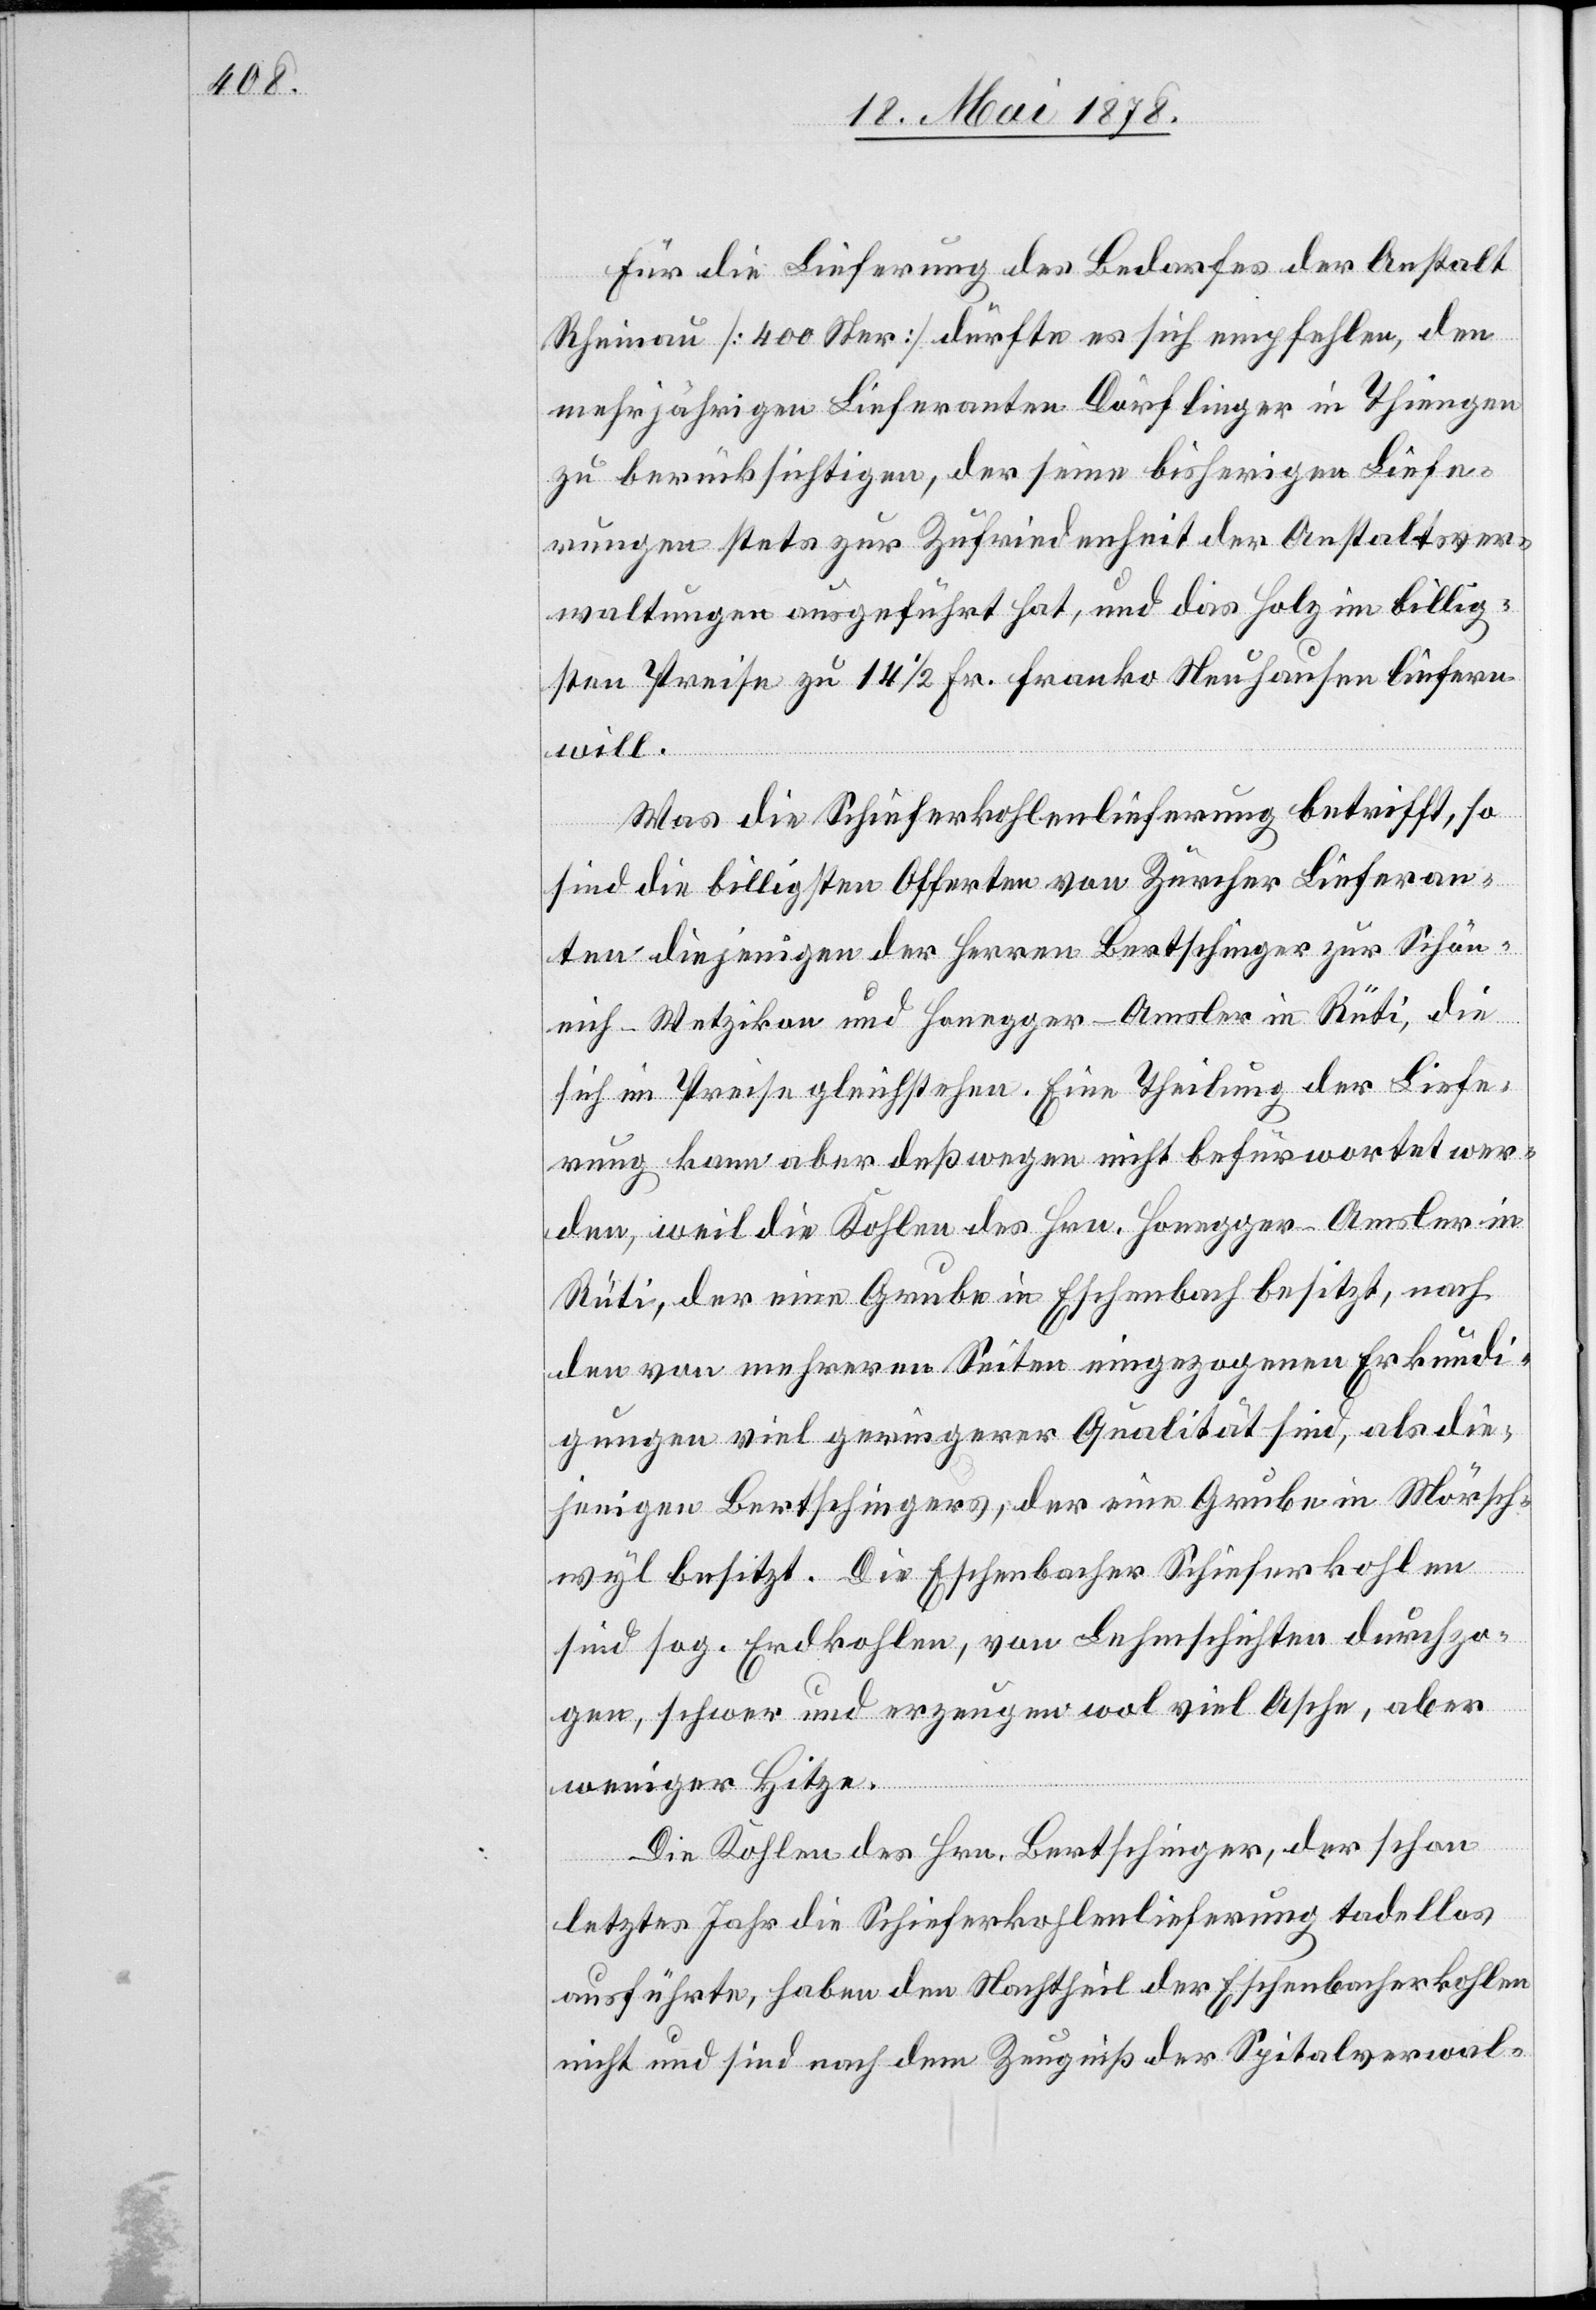
Für die Lieferung des Bedarfes der Anstalt
Rheinau [400 Ster] dürfte es sich empfehlen, dem
mehrjährigen Lieferanten Dörflinger in Thiengen
zu berücksichtigen, der seine bisherigen Liefe¬
rungen stets zur Zufriedenheit der Anstaltsver¬
waltungen ausgeführt hat, und das Holz in billig¬
sten Preise zu 14 1/2 Fr. franko Neuhausen liefern
will.
Was die Schieferkohlenlieferung betrifft, so
sind die billigsten Offerten von Zürcher Lieferan¬
ten diejenigen der Herren Bertschinger zur Schön¬
eich - Wetzikon und Honegger-Amsler in Rüti, die
sich im Preise gleichstehen. Eine Theilung der Liefe¬
rung kann aber deßwegen nicht befürwortet wer¬
den, weil die Kohlen des Hrn. Honegger-Amsler in
Rüti, der eine Grube in Eschenbach besitzt, nach
den von mehreren Seiten eingezogenen Erkundi¬
gungen viel geringerer Qualität sind, als die¬
jenigen Bertschingers, der eine Grube in Mörsch¬
wyl besitzt. Die Eschenbacher Schieferkohlen
sind sog. Erdkohlen, von Lehmschichten durchzo¬
gen, schwer und erzeugen wol viel Asche, aber
weniger Hitze.
Die Kohlen des Hrn. Bertschinger, der schon
letztes Jahr die Schieferkohlenlieferung tadellos
ausführte, haben den Nachthteil der Eschenbahnkohlen
nicht und sind nach dem Zeugniß der Spitalverwa-